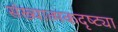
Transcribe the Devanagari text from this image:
संख्यात्मकदृष्ट्या